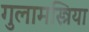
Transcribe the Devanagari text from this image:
गुलामस्त्रिया